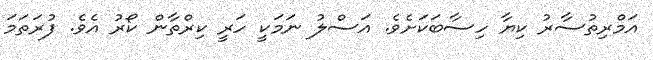
އަމްރިތުސާރު ކިޔާ ހިސާބަކަށެވެ. އަސްލު ނަމަކީ ހަރީ ކިރްތާން ކޯރު އެވެ. ފުރަތަމަ